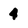
Character: 4